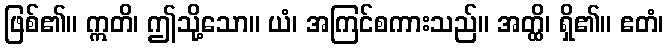
ဖြစ်၏။ ဣတိ၊ ဤသို့သော။ ယံ၊ အကြင်စကားသည်။ အတ္ထိ၊ ရှိ၏။ ဧတံ၊